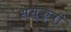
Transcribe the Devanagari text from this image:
सेस्क्वी